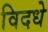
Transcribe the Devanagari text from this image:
विदधे